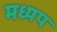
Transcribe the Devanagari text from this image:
मध्यप